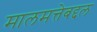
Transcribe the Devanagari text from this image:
मालमत्तेबद्दल